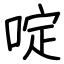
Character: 啶